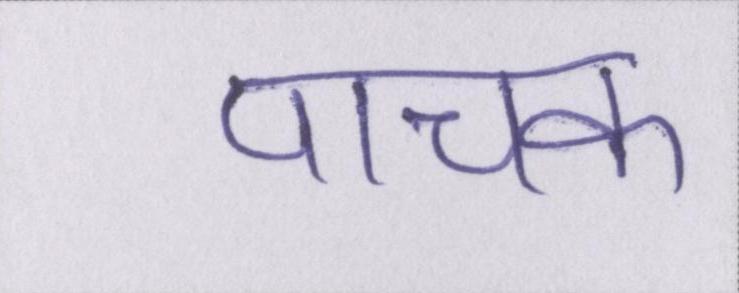
पाचक